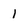
Character: 1